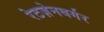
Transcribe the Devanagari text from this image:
रेटज़ेनबर्गर